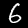
Label: 6